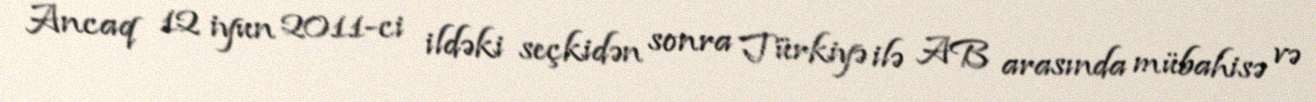
Ancaq 12 iyun 2011-ci ildəki seçkidən sonra Türkiyə ilə AB arasında mübahisə və